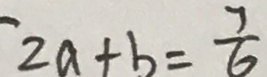
2 a + b = \frac { 7 } { 6 }